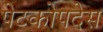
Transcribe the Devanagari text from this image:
पेटकोपदेस